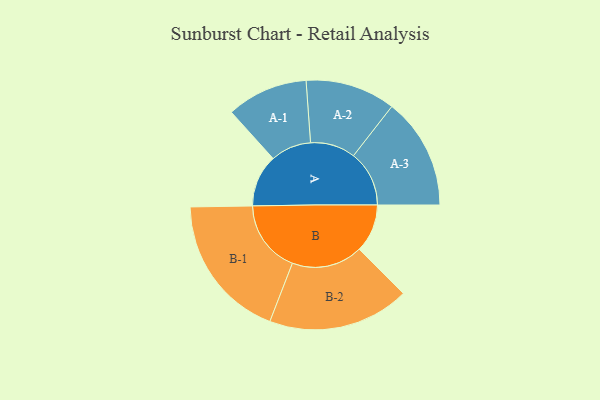
{"axis": {"x": "Segment", "y": "Value"}, "legend": ["", "A", "B"], "data": [{"x": "A", "y": 166, "type": ""}, {"x": "B", "y": 153, "type": ""}, {"x": "A-1", "y": 129, "type": "A"}, {"x": "A-2", "y": 143, "type": "A"}, {"x": "A-3", "y": 177, "type": "A"}, {"x": "B-1", "y": 231, "type": "B"}, {"x": "B-2", "y": 225, "type": "B"}]}